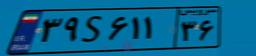
۴۶S۰۳۷۹۸